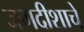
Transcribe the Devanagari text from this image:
जगदीशाचे